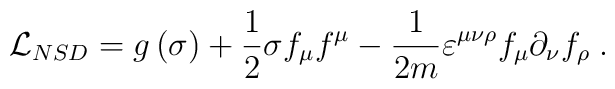
{\cal L}_{NSD} = g\left(\sigma\right) + \frac 1{2}\sigma f_\mu f^\mu - \frac 1{2m}\varepsilon ^{\mu\nu\rho}f_\mu\partial_\nu f_\rho \; .